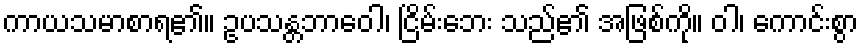
ကာယသမာစာရ၏။ ဥပသန္တဘာဝေါ၊ ငြိမ်းဘေး သည်၏ အဖြစ်ကို။ ဝါ၊ ကောင်းစွာ